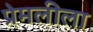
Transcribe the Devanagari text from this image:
प्रेमलीला